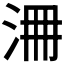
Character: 𣳷